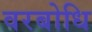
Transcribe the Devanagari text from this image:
वरबोधि